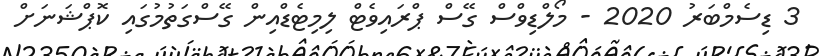
3 ޑިސެމްބަރު 2020 - މޯލްޑިވްސް ގޭސް ޕްރައިވެޓް ލިމިޓެޑްއިން ގޭސްގަތުމުގައި ކޮޕްޝަނަށް